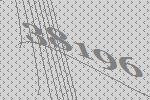
38196